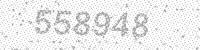
Solution: 558948